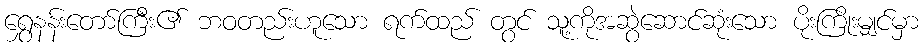
ရွှေနန်းတော်ကြီး၏ ဘဝတည်းဟူသော ရက်ထည် တွင် သူ့ကိုအဆွဲဆောင်ဆုံးသော ပိုးကြိုးမျှင်မှာ